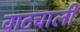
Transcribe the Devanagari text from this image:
वाटचाली